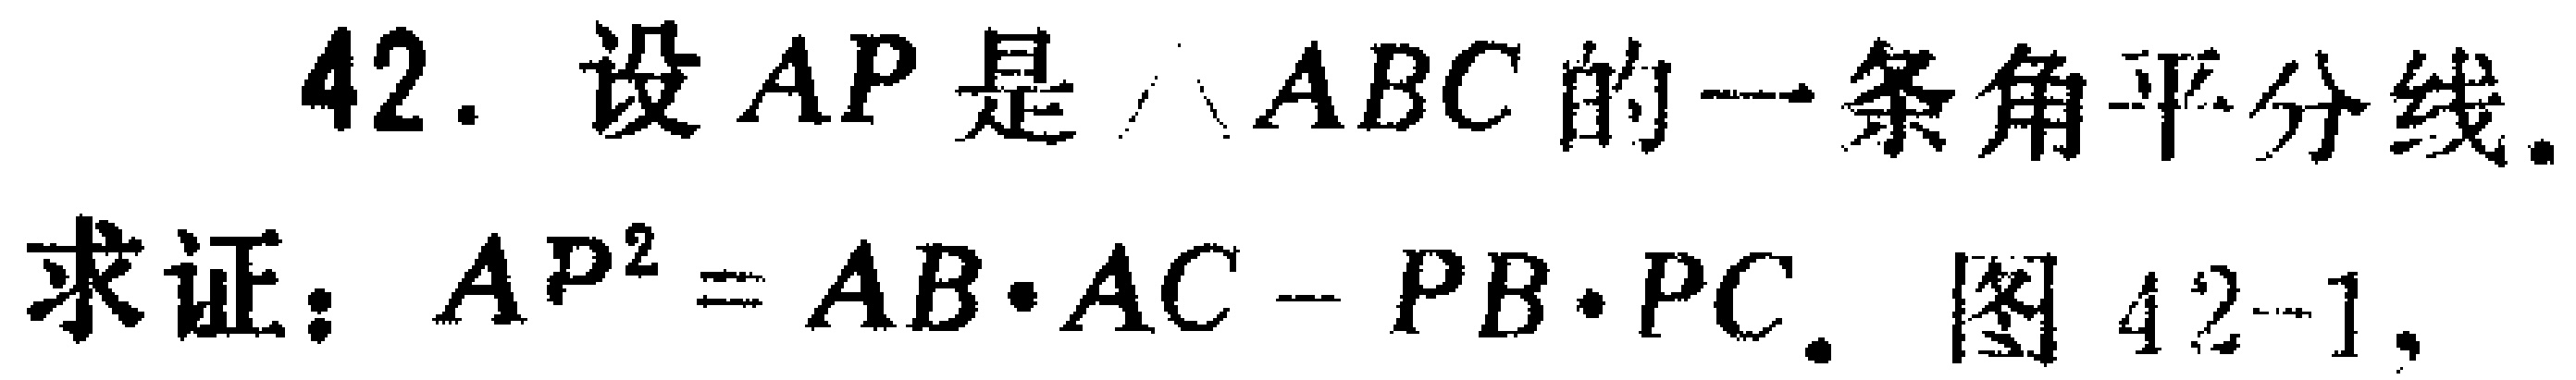
42. 设 \(AP\) 是 \(\triangle ABC\) 的一条角平分线. 求证：\(AP^{2}=AB\cdot AC - PB\cdot PC\). 图 \(42 - 1\).